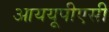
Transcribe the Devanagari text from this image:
आययूपीएसी